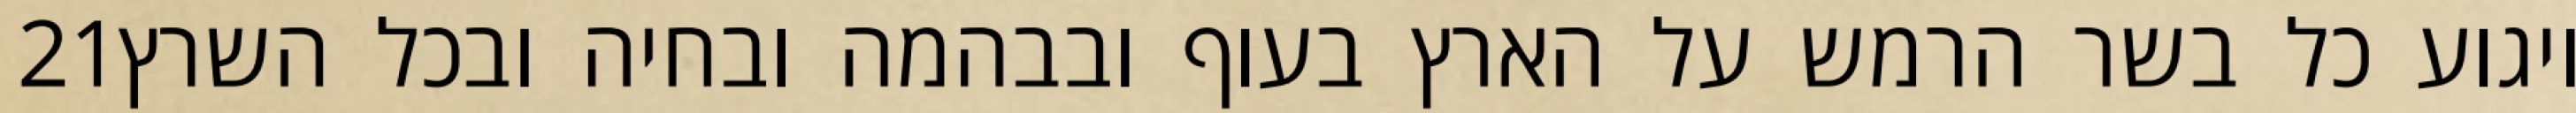
‎21‏ ויגוע כל בשר הרמש על הארץ בעוף ובבהמה ובחיה ובכל השרץ